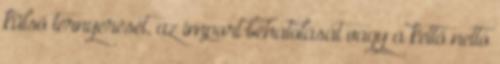
külső térnyerését, az import behatolását vagy a kettő nettó